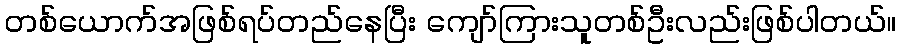
တစ်ယောက်အဖြစ်ရပ်တည်နေပြီး ကျော်ကြားသူတစ်ဦးလည်းဖြစ်ပါတယ်။